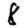
Digit: 8